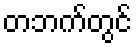
တဘက်တွင်